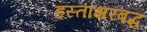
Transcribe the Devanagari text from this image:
हस्ताक्षरबद्ध